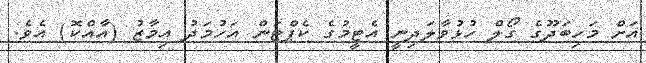
އަށް މަހިބަދޫގެ ގޯލް ހުޅުވާލަދިނީ އެޓީމުގެ ކެޕްޓަން އަހުމަދު އިމާޒު (އާއްކޮ) އެވެ.